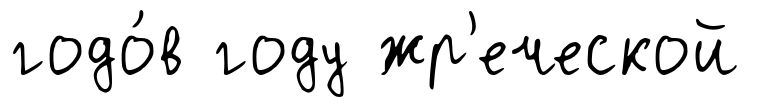
годо́в году жр'еческой